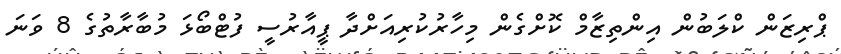
ޕްރިޒަން ކްލަބުން އިންތިޒާމް ކޮށްގެން މިހާރުކުރިއަށްދާ ޕީއާރުސީ ފުޓްބޯޅަ މުބާރާތުގެ 8 ވަނަ